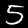
Digit: 5